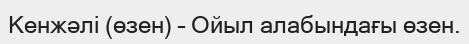
Кенжәлі (өзен) – Ойыл алабындағы өзен.